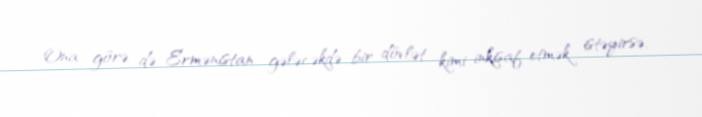
Ona görə də Ermənistan gələcəkdə bir dövlət kimi inkişaf etmək istəyirsə,